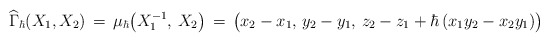
\begin{align*}\widehat\Gamma_\hbar(X_1,X_2) \,=\,\mu_\hbar\!\left(X_1^{-1},\,X_2\right) \,=\,\big(x_2-x_1,\,y_2-y_1,\,z_2 - z_1 + \hbar\,(x_1 y_2 - x_2 y_1)\big)\end{align*}